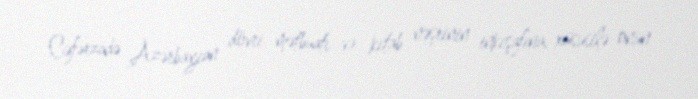
Cəfərzadə Azərbaycan dövri mətbuatı və kitab nəşrinin inkişafına, xüsusilə onun